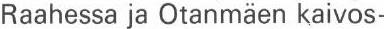
Raahessa ja Otanmäen kaivos-